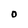
Character: 0